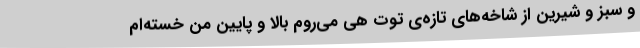
و سبز و شیرین از شاخه‌های تازه‌ی توت هی می‌روم بالا و پایین من خسته‌ام